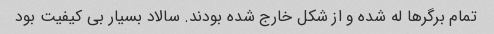
تمام برگرها له شده و از شکل خارج شده بودند. سالاد بسیار بی کیفیت بود